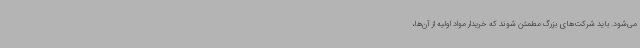
می‌شود. باید شرکت‌های بزرگ مطمئن شوند که خریدار مواد اولیه از آن‌ها،